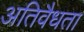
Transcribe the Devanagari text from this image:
अतिवैधता